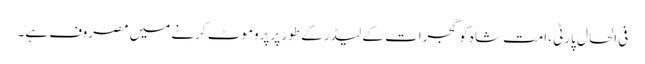
فی الحال پارٹی ،امت شاہ کو گجرات کے لیڈر کے طور پر پروموٹ کرنے میں مصروف ہے۔